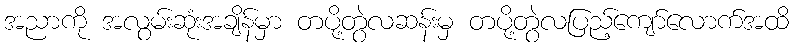
အညာကို အလွမ်းဆုံးအချိန်မှာ တပို့တွဲလဆန်းမှ တပို့တွဲလပြည့်ကျော်လောက်အထိ